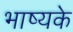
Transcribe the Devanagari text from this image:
भाष्यके